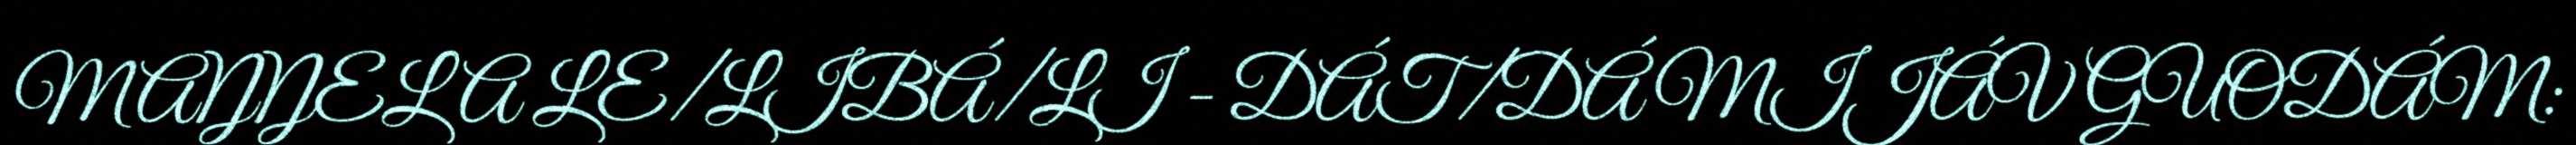
MAŊŊELA LE/LIBÁ/LI - DÁT/DÁ MIJÁV GUODÁM: